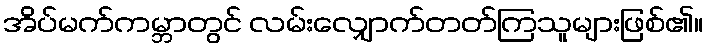
အိပ်မက်ကမ္ဘာတွင် လမ်းလျှောက်တတ်ကြသူများဖြစ်၏။